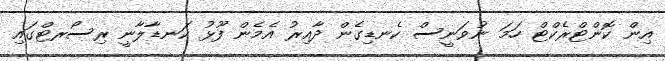
އިން ކޮންޓްރެކްޓް ހަމަ ނުވަނީސް ކެނޑިގެން ދާއިރު އެމެން ފޫޅު ކަނޑާލާނީ ރިސޯރޓްގައި